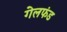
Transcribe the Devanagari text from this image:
गेलफंड